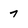
Character: 7